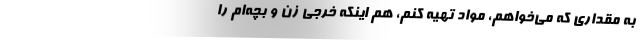
به مقداری که می‌خواهم، مواد تهیه کنم، هم اینکه خرجی زن و بچه‌ام را